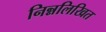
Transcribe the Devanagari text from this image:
निन्नलिखित